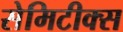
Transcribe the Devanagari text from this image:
सेमिटीक्स